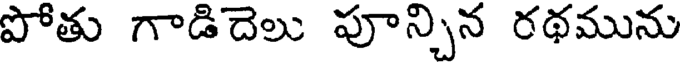
పోతు గాడిదెలు పూన్చిన రథమును